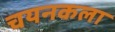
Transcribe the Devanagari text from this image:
चयनकला